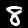
Digit: 8